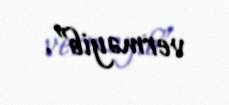
verməyib”.